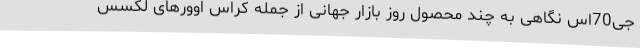
جی70اس نگاهی به چند محصول روز بازار جهانی از جمله کراس اوورهای لکسس